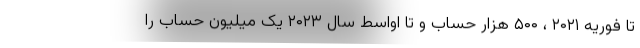
تا فوریه ۲۰۲۱ ، ۵۰۰ هزار حساب و تا اواسط سال ۲۰۲۳ یک میلیون حساب را